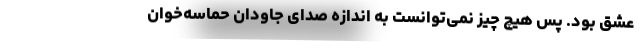
عشق بود. پس هیچ چیز نمی‌توانست به اندازه صدای جاودان حماسه‌خوانِ